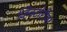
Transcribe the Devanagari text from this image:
व्हिक्टोरीया